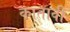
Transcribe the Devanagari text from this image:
कातावी